Insane asylums Bombay 1873-77 - 1873-1877
Year: 1873
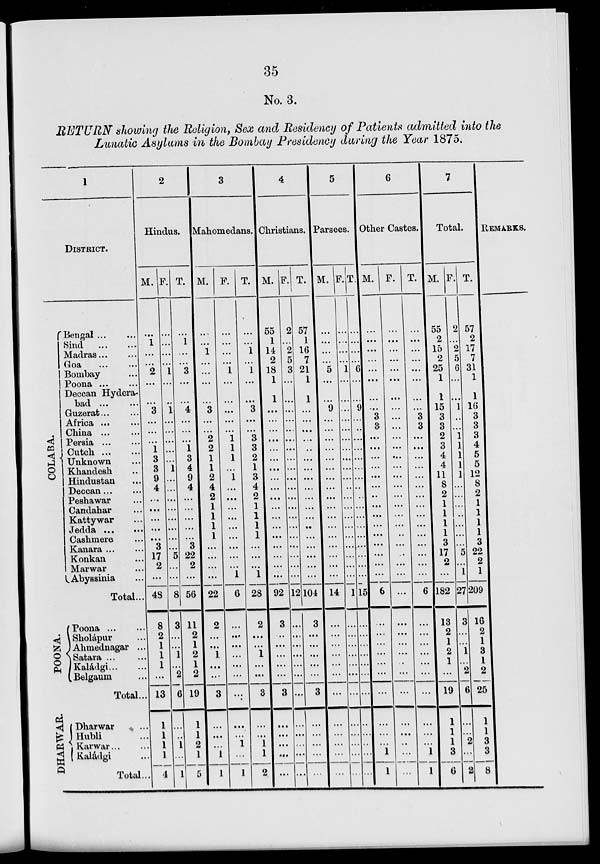
35
No. 3.
RETURN showing the Religion, Sex and Residency of Patients admitted into the
Lunatic Asylums in the Bombay Presidency during the Year 1875.
1
DISTRICT.
COLABA.
POONA.
Bengal ... ...
Sind
...
...
Madras ... ...
Goa ... ...
Bombay ...
Poona
...
...
Deccan Hydera-
bad ... ...
Guzerat ... ...
Africa ... ...
China ... ...
Persia ... ...
Cutch ... ...
Unknown ...
Khandesh ...
Hindustan ...
Deccan ... ...
Peshawar ...
Candahar ...
Kattywar ...
Jedda ...
..
Cashmere ...
Kanara ... ...
Konkan ...
Marwar ...
Abyssinia ...
Total ...
Poona ... ...
Sholápur ...
Ahmednagar ...
Satara ... ...
Kaládgi ... ...
Belgaum ...
Total ...
DHARWAR
Dharwar ...
Hubli ...
Karwar . . . ...
Kaládgi ...
Total ...
2
Hindus.
M.
...
1
...
...
2
...
...
3
...
...
...
1
3
3
9
4
...
...
...
...
...
3
17
2
...
48
8
2
1
1
1
...
13
1
1
1
1
4
F.
...
...
...
...
1
...
...
1
. ..
...
...
...
...
1
...
...
...
...
...
...
...
...
5
...
...
8
3
...
...
1
...
2
6
...
...
1
...
1
T.
...
1
...
...
3
...
...
4
...
...
...
1
3
4
9
4
...
...
...
...
...
3
22
2
...
56
11
2
1
2
1
2
19
1
1
2
1
5
3
Mahomedans.
M.
...
...
1
...
...
...
3
...
...
2
2
1
1
2
4
2
1
1
1
1
...
...
...
...
22
2
...
...
1
...
...
3
...
...
...
1
1
F.
...
...
...
...
1
...
...
...
...
...
1
1
1
...
1
...
...
...
...
...
...
...
...
...
1
6
...
...
...
...
...
...
...
...
...
1
...
1
T.
...
...
1
...
1
...
...
3
...
...
3
3
2
1
3
4
2
1
1
1
1
...
...
...
1
28
2
...
...
1
...
...
3
...
...
1
1
2
4
Christians.
M.
55
1
14
2
18
1
1
...
...
...
...
...
...
...
...
...
...
...
...
...
...
...
...
...
...
92
3
...
...
...
...
...
3
...
...
...
...
...
F.
2
...
2
5
3
...
..
..
..
..
..
...
..
..
...
...
...
...
...
...
...
...
...
...
...
12
...
...
...
...
...
...
...
...
...
...
...
...
T.
57
1
16
7
21
1
1
...
...
...
...
...
...
...
...
...
...
...
...
...
...
...
...
104
3
...
...
...
...
...
3
...
...
...
...
...
5
Parsees.
M.
...
...
...
...
5
...
...
9
...
...
...
...
...
...
...
...
...
...
...
...
..
...
...
...
...
14
...
...
...
...
...
...
...
...
...
...
...
...
F.
...
...
...
...
1
...
...
...
...
...
...
...
...
...
...
...
...
...
...
...
...
...
...
...
...
1
...
...
...
...
...
...
...
...
...
...
...
...
T.
...
...
...
...
6
...
...
9
...
..
...
...
...
...
...
...
...
...
...
...
...
...
...
...
...
15
...
...
...
...
...
...
...
...
...
...
...
...
6
Other Castes.
M.
...
...
...
...
...
...
...
...
3
3
...
...
...
...
...
...
...
...
...
...
...
...
...
...
...
6
...
...
...
...
...
...
...
...
...
1
1
F.
...
...
...
...
...
...
...
...
...
...
...
...
...
...
...
...
...
...
...
...
...
...
...
...
...
...
...
...
...
...
...
...
...
...
...
...
...
...
T.
...
...
...
...
...
...
...
...
3
3
...
...
...
...
...
...
...
...
...
...
...
...
...
...
...
6
...
...
...
...
...
...
...
...
...
1
1
7
Total.
M.
55
2
15
2
25
1
1
15
3
3
2
3
4
4
11
8
2
1
1
1
1
3
17
2
...
182
13
2
1
2
1
...
19
1
1
1
3
6
F.
2
...
2
5
6
...
...
1
...
...
1
1
1
1
1
...
...
...
...
...
...
...
5
...
1
27
3
...
...
1
...
2
6
...
...
2
...
2
T.
57
2
17
7
31
1
1
16
3
3
3
4
5
5
12
8
2
1
1
1
1
3
22
2
1
209
16
2
1
3
1
2
25
1
1
3
3
8
REMARKS.